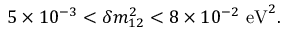
5 \times 1 0 ^ { - 3 } < \delta { m } _ { 1 2 } ^ { 2 } < 8 \times 1 0 ^ { - 2 } ~ \mathrm { { e V } } ^ { 2 } .